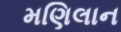
મણિલાન